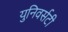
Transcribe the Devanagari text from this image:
युनिवर्सटी